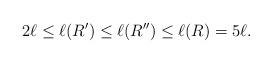
LaTeX: \begin{align*}2\ell \le \ell(R')\le \ell(R'')\le \ell(R)=5\ell.\end{align*}